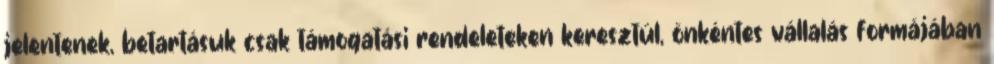
jelentenek, betartásuk csak támogatási rendeleteken keresztül, önkéntes vállalás formájában